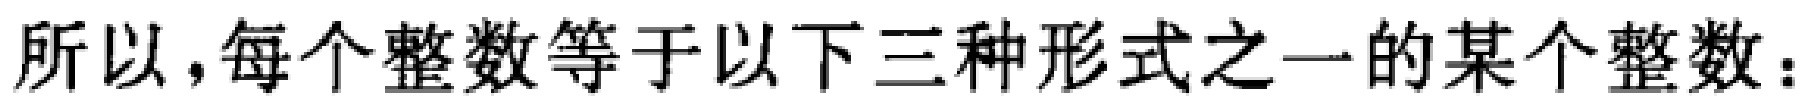
所以，每个整数等于以下三种形式之一的某个整数：